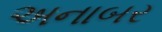
અનાબર